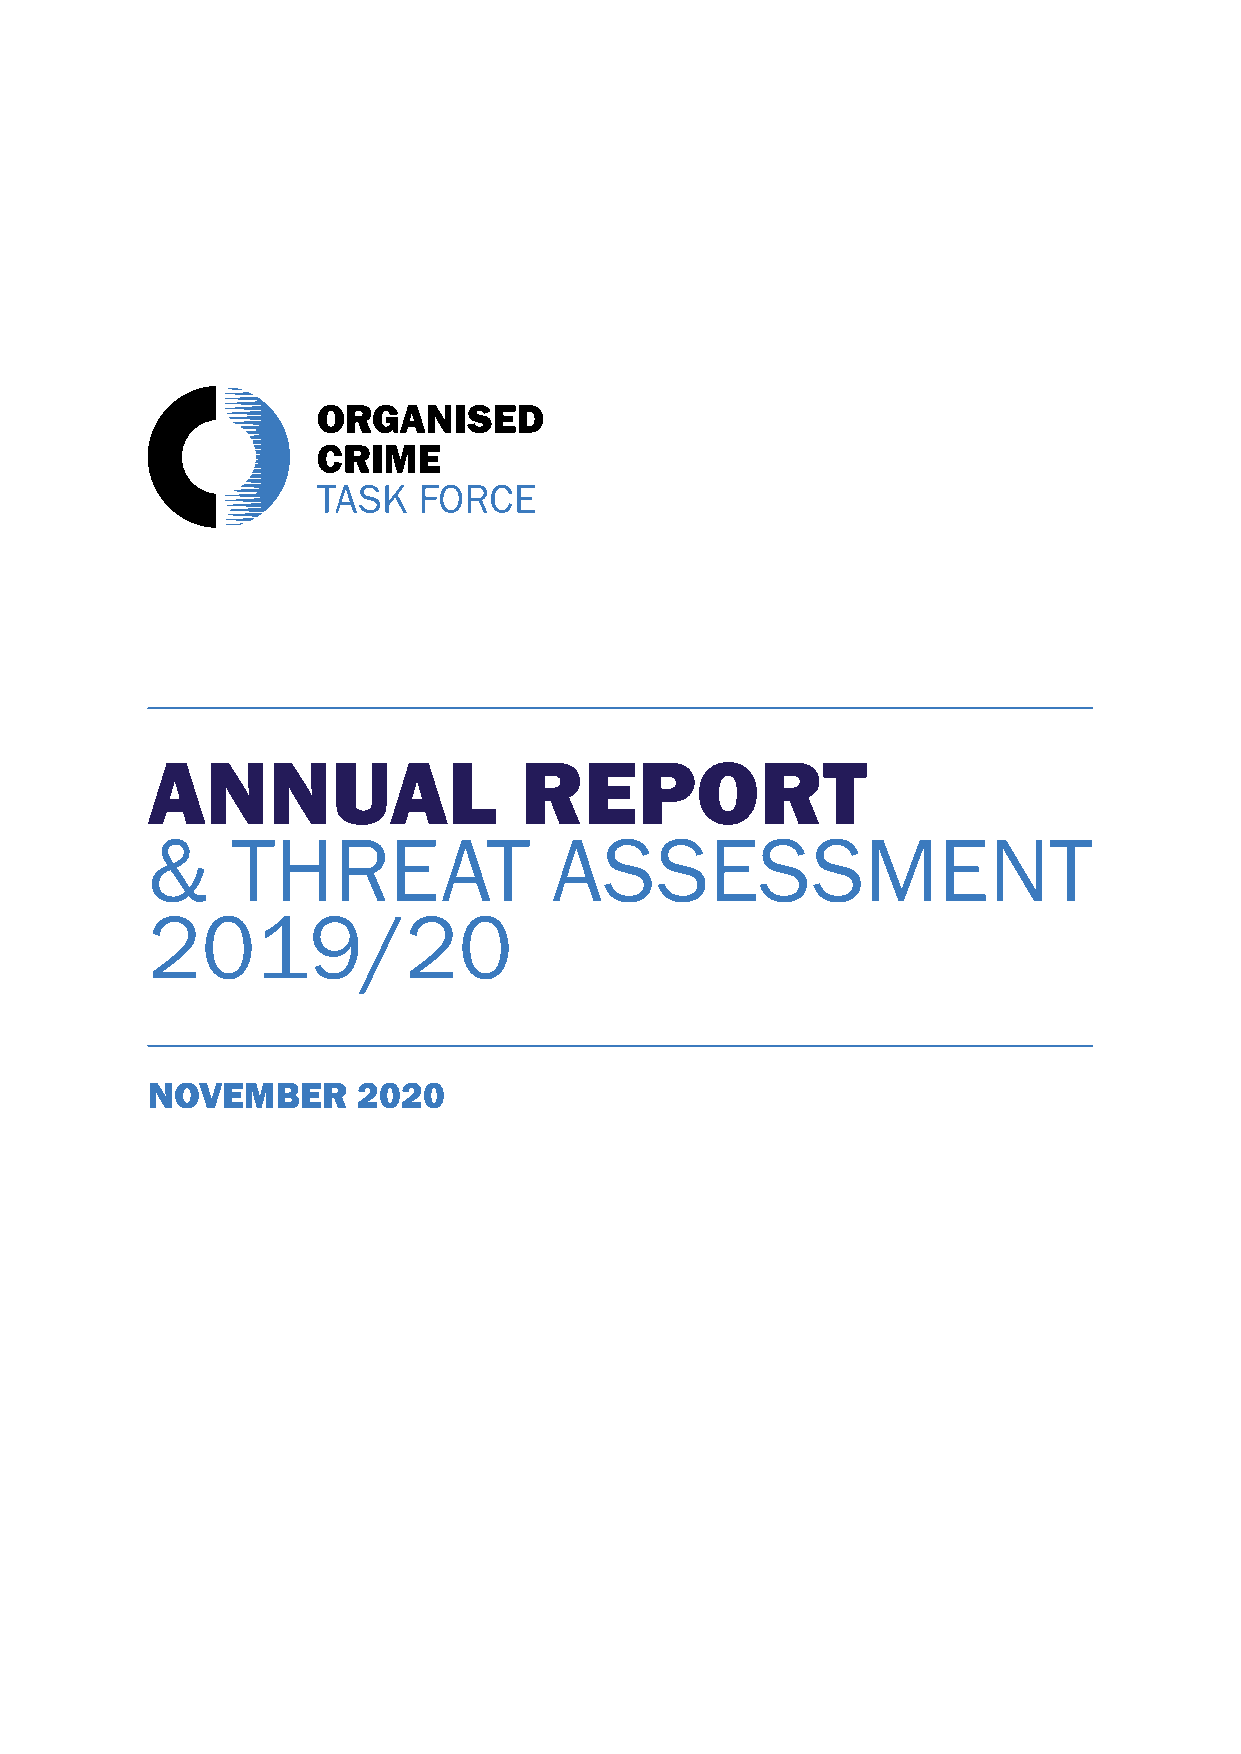
ANNUAL                  REPORT
 &    THREAT                ASSESSMENT
 2019/20
 NOVEMBER      2020